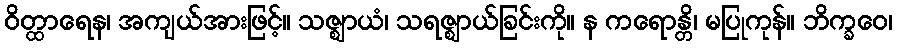
ဝိတ္ထာရေန၊ အကျယ်အားဖြင့်။ သဇ္ဈာယံ၊ သရဇ္ဈာယ်ခြင်းကို။ န ကရောန္တိ၊ မပြုကုန်။ ဘိက္ခဝေ၊